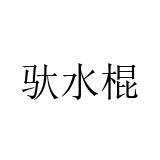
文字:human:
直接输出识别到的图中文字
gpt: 驮水棍